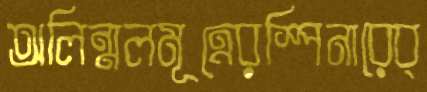
অলিন্মলমূত্রেরস্পিনারেব্